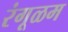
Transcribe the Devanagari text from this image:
रंगूळम